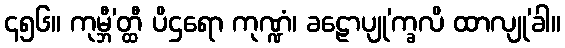
၄၅၆။ ကုမ္ဘီ’တ္ထီ ပိဌရော ကုဏ္ဍံ၊ ခဠောပျု’က္ခလိ ထာလျု’ခါ။